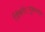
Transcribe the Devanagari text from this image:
जिंकले।नुकत्याच